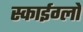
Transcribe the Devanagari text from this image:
स्काईग्लो